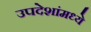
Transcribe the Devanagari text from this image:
उपदेशांमध्ये